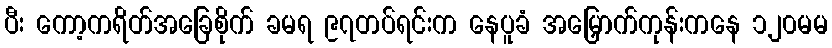
ပီး ကော့ကရိတ်အခြေစိုက် ခမရ ၉၇တပ်ရင်းက နေပူခံ အမြှောက်ကုန်းကနေ ၁၂၀မမ